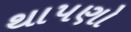
થાપણો